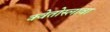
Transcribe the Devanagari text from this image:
क्वेतोस्लावा